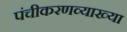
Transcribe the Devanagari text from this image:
पंचीकरणव्याख्या